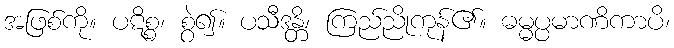
အဖြစ်ကို။ ပဋိစ္စ၊ စွဲ၍။ ပသီဒန္တိ၊ ကြည်ညိုကုန်၏။ ဓမ္မပ္ပမာဏိကာပိ၊